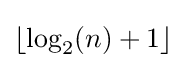
{\textstyle \lfloor \log _{2}(n)+1\rfloor }